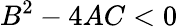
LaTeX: B^{2}-4AC<0